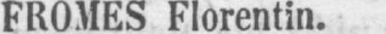
FROMES Florentin.